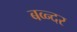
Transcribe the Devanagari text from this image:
बव्न्दर